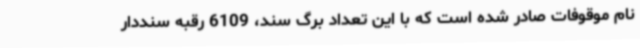
نام موقوفات صادر شده است که با این تعداد برگ سند، 6109 رقبه سنددار